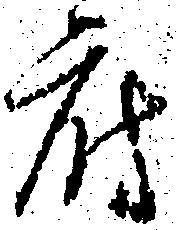
府